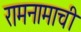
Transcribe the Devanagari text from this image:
रामनामाची